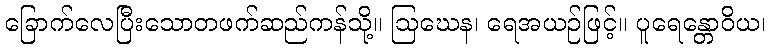
ခြောက်လေပြီးသောတဖက်ဆည်ကန်သို့။ ဩဃေန၊ ရေအယဉ်ဖြင့်။ ပူရေန္တောဝိယ၊